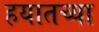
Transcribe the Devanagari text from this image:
हयातच्या